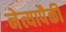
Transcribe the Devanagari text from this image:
नेत्यापैकी